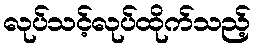
လုပ်သင့်လုပ်ထိုက်သည့်